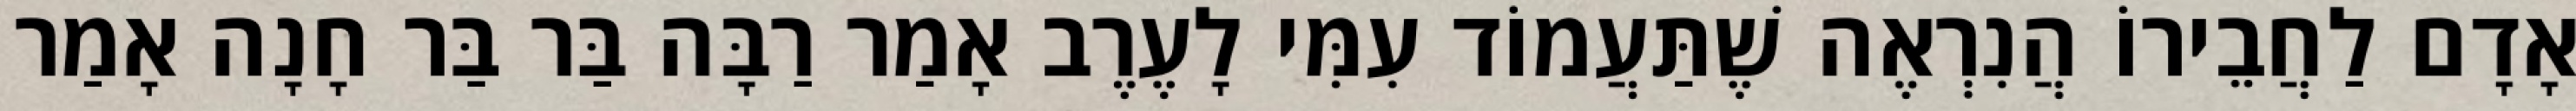
אָדָם לַחֲבֵירוֹ הֲנִרְאֶה שֶׁתַּעֲמוֹד עִמִּי לָעֶרֶב אָמַר רַבָּה בַּר בַּר חָנָה אָמַר